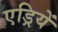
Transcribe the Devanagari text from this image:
एड्रियें